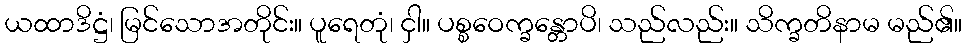
ယထာဒိဋ္ဌံ၊ မြင်သောအတိုင်း။ ပူရေတုံ၊ ငှါ။ ပစ္စဝေက္ခန္တောပိ၊ သည်လည်း။ သိက္ခတိနာမ မည်၏။